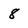
Character: 8